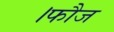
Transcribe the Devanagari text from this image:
।फौज